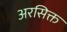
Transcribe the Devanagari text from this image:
अरसिक्त